Eesti_Rahvusfond, lk 24
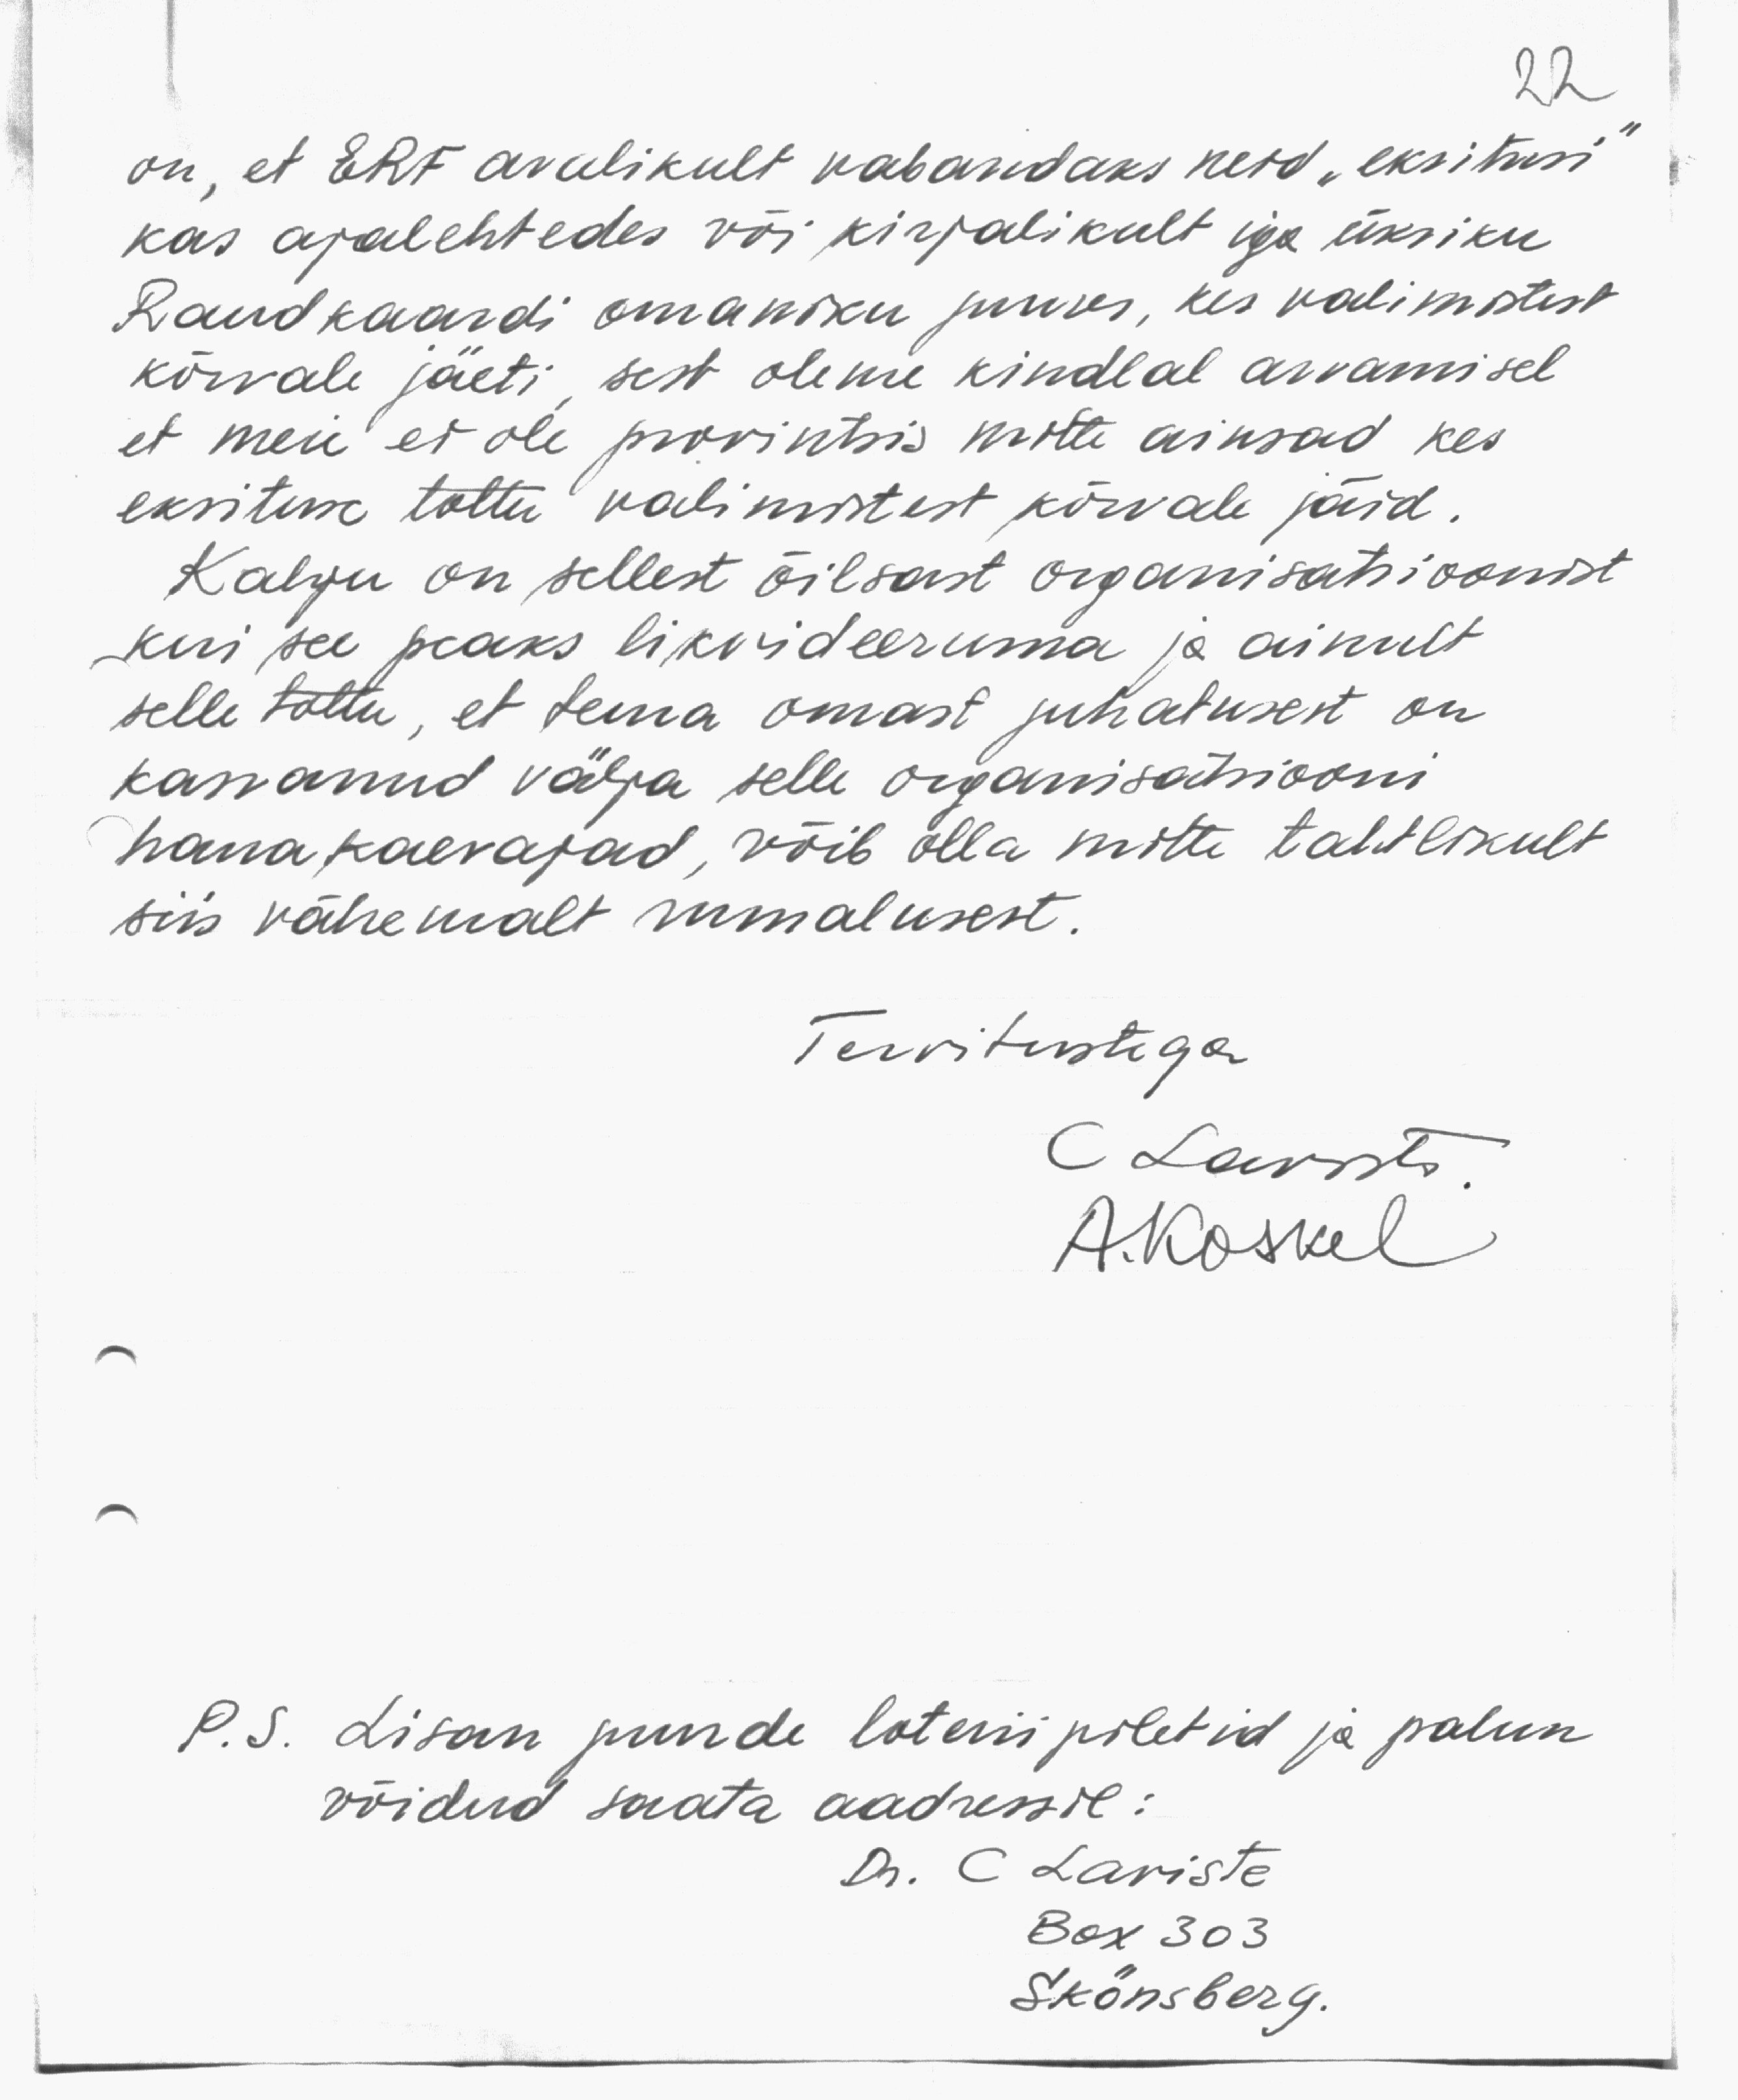
on, et ERF avalikult vabandaks neid „eksitusi
kas ajalehtedes või kirjalikult iga üksiku
Raudkaardi omaniku juures, kes valimistest
kõrvale jäeti sest oleme kindlal arvamisel
et meie et ole provintsis mitte ainsad kes
eksituse tõttu valimistest kõrvale jäid.
Kalju on sellest õilsast organisatsioonist
kui see peaks likvideeruma ja ainult
selle tõttu, et tema omast juhatusest on
kasvanud välja selle organisatsiooni
harva kaevajad, võib olla mitte tahtlikult
siis vähemalt rumalusest.
Tervitustega
C. Larits
A.Koskel
P. S. Lisan juurde loteriipiletid ja palun
võidud saata aadressil:
Dr. C. Leriste
Box 303
Skönsberg.